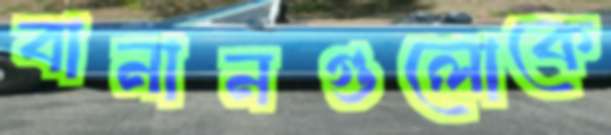
বানানগুলোকে